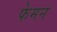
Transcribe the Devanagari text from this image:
फेमन